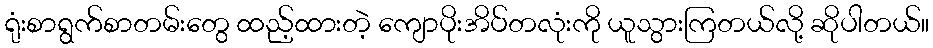
ရုံးစာရွက်စာတမ်းတွေ ထည့်ထားတဲ့ ကျောပိုးအိပ်တလုံးကို ယူသွားကြတယ်လို့ ဆိုပါတယ်။